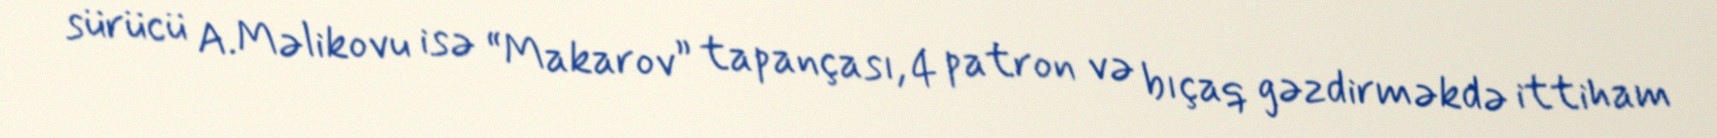
sürücü A.Məlikovu isə “Makarov” tapançası, 4 patron və bıçaq gəzdirməkdə ittiham